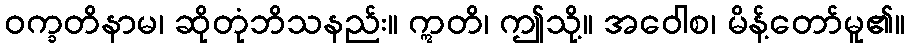
ဝက္ခတိနာမ၊ ဆိုတုံဘိသနည်း။ ဣတိ၊ ဤသို့။ အဝေါစ၊ မိန့်တော်မူ၏။